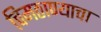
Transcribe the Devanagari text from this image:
चिमठाण्याचा